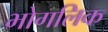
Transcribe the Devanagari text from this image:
भोगलिक